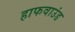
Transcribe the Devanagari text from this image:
हाफवाउंड